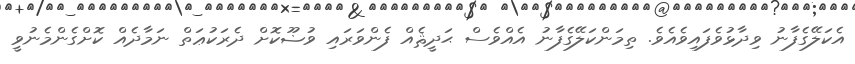
އެކަލޭގެފާނު ވިދާޅުވެފައިވެއެވެ. ތިމަންކަލޭގެފާނު އެއްވެސް ޙަދީޘެއް ފެންވަރައި ވުޟޫކޮށް ދެރަކުޢަތް ނަމާދެއް ކޮށްގެންމެނުވީ